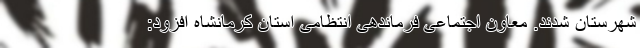
شهرستان شدند. معاون اجتماعی فرماندهی انتظامی استان کرمانشاه افزود: